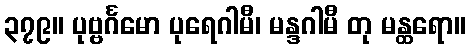
၃၇၉။ ပုဗ္ဗင်္ဂမော ပုရေဂါမီ၊ မန္ဒဂါမီ တု မန္ထရော။